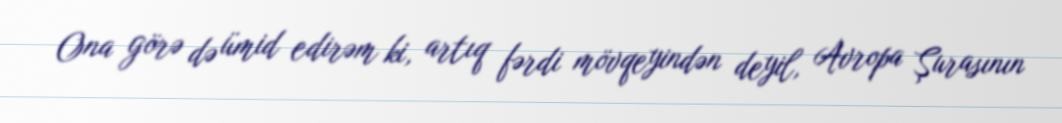
Ona görə də ümid edirəm ki, artıq fərdi mövqeyindən deyil, Avropa Şurasının